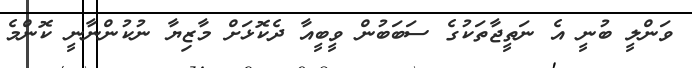
ވަންލީ ބުނީ އެ ނަތީޖާތަކުގެ ސަބަބުން ވީބީއާ ދެކޮޅަށް މާޒިޔާ ނުކުންނާނީ ކޮންމެ